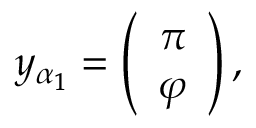
y _ { \alpha _ { 1 } } = \left( \begin{array} { c } { { \pi } } \\ { { \varphi } } \end{array} \right) ,